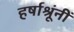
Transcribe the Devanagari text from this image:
हर्षाश्रूंनीं